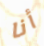
أنا